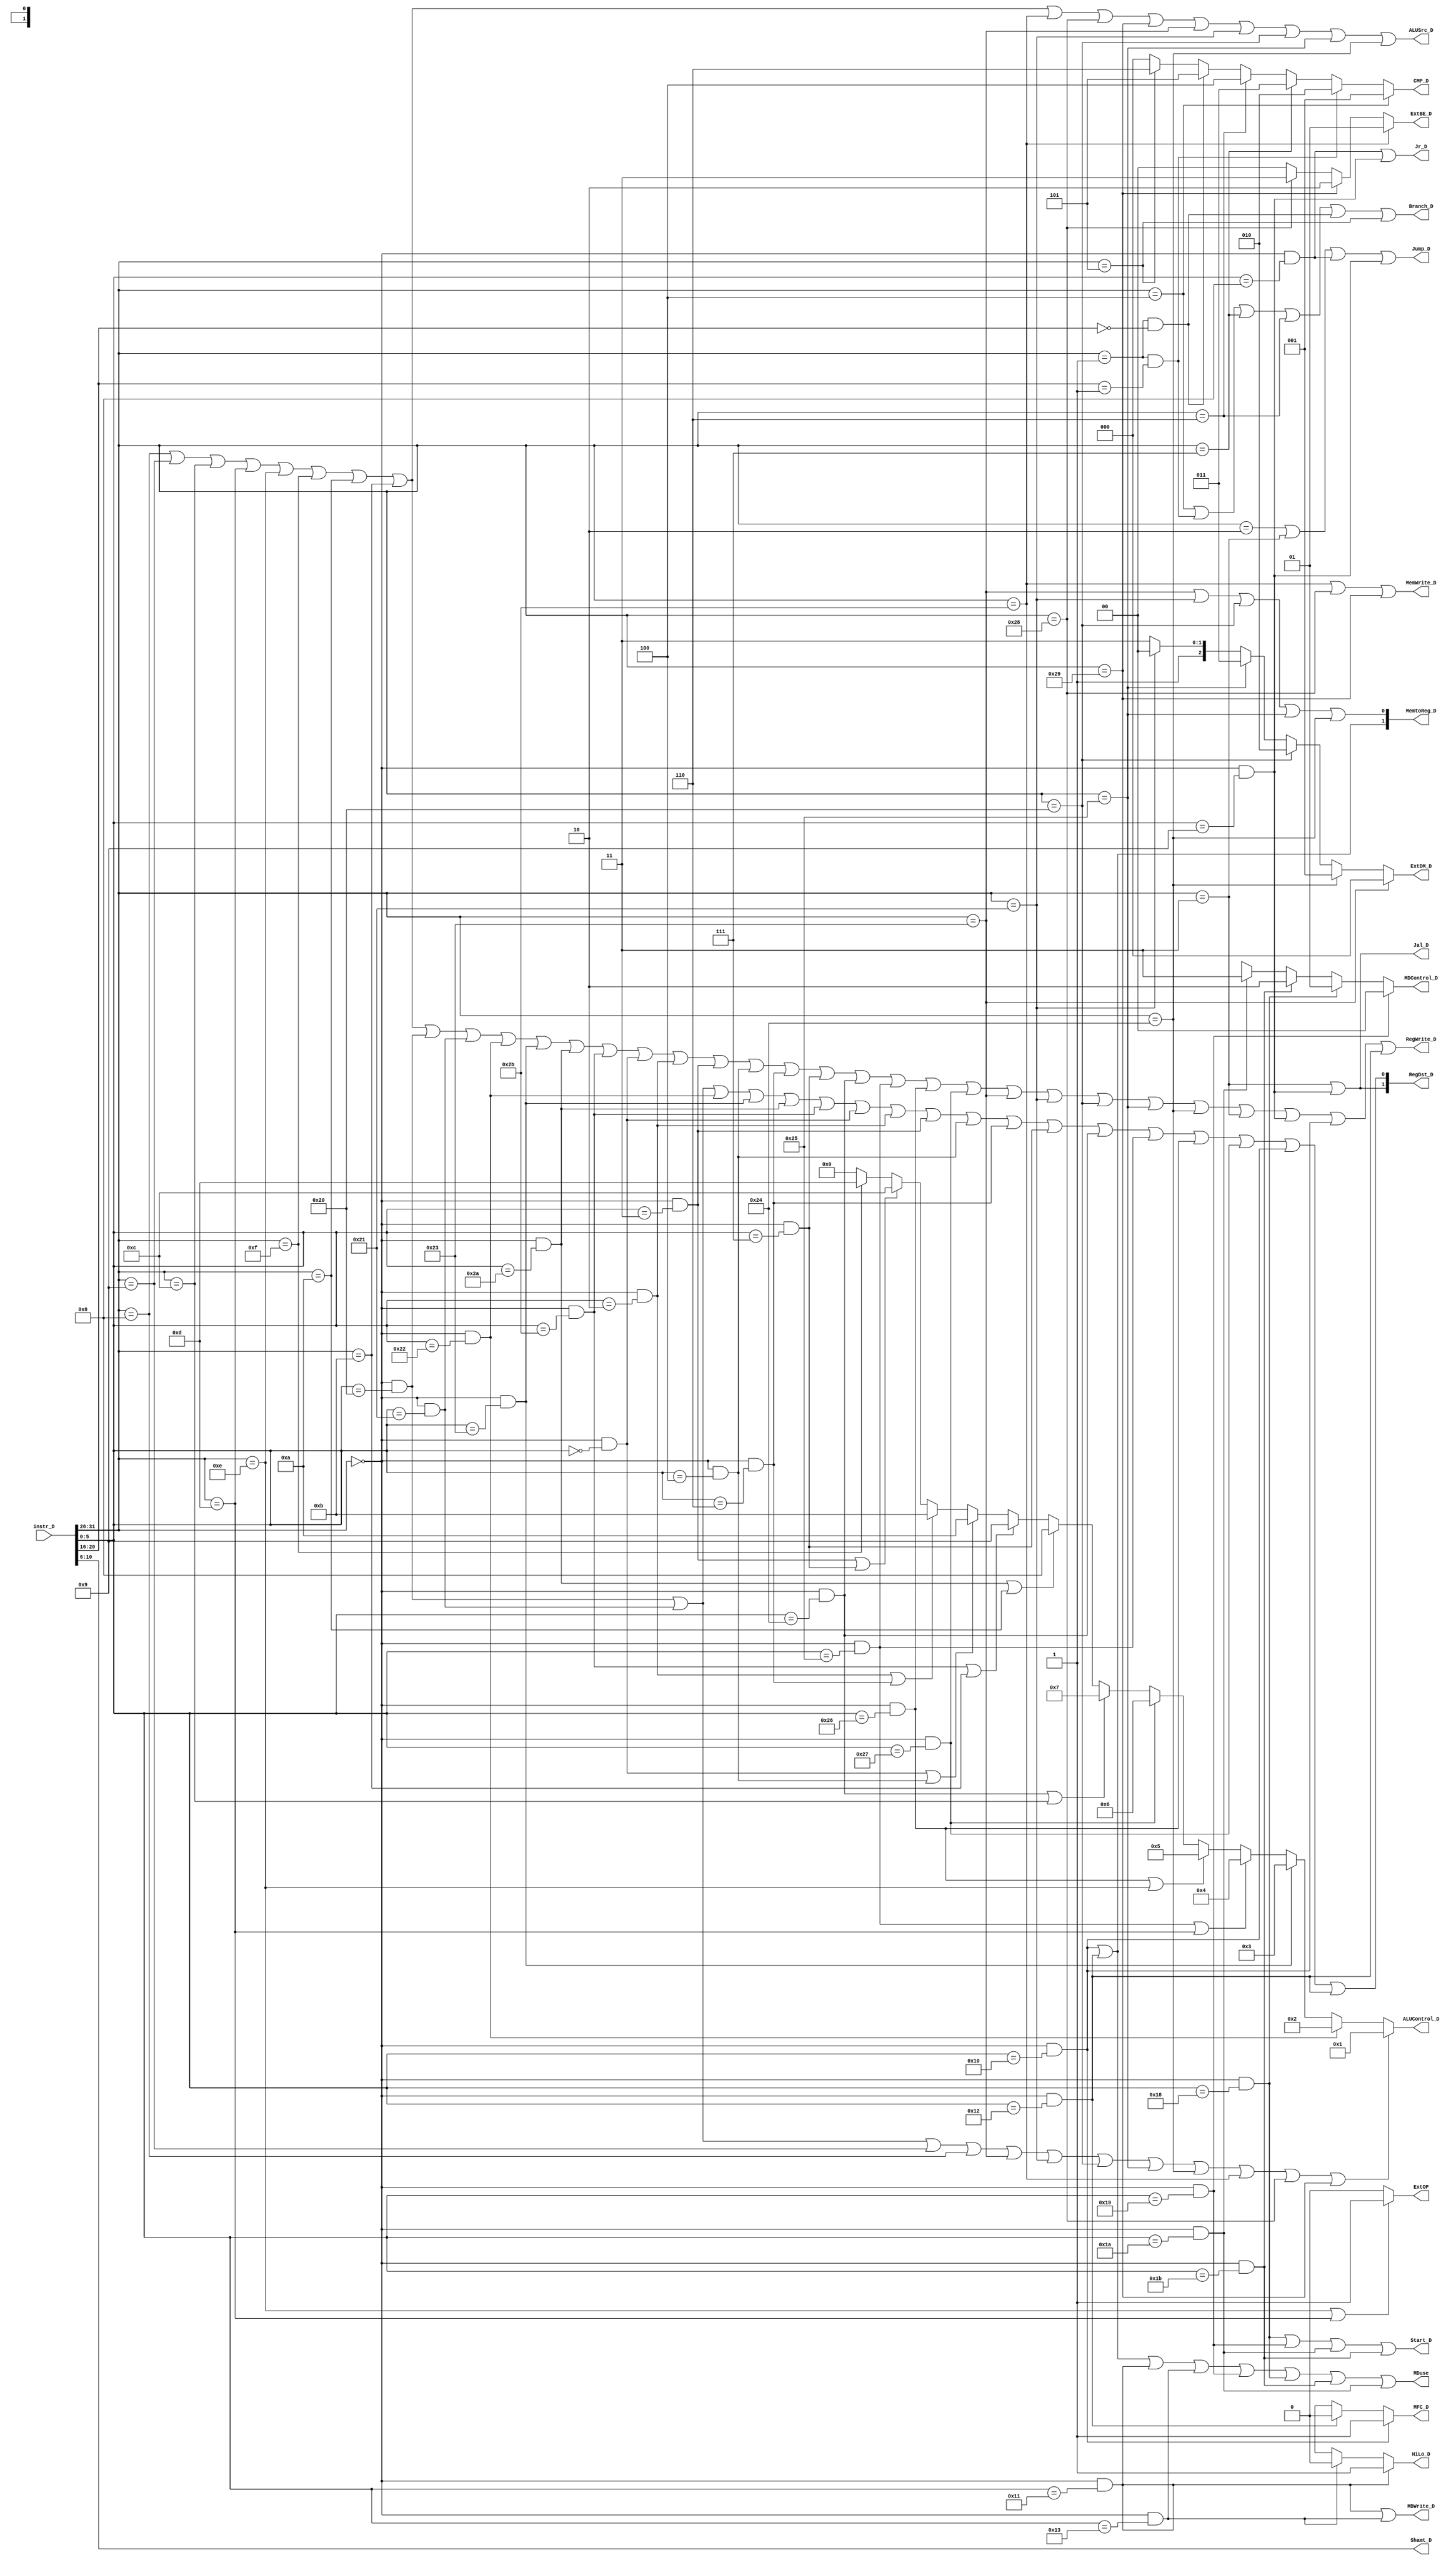
`timescale 1ns / 1ps
//////////////////////////////////////////////////////////////////////////////////
// Company: 
// Engineer: 
// 
// Design Name: 
// Module Name:    Controller 
// Project Name: 
// Target Devices: 
// Tool versions: 
// Description: 
//
// Dependencies: 
//
// Revision: 
// Revision 0.01 - File Created
// Additional Comments: 
//
//////////////////////////////////////////////////////////////////////////////////
module Controller(
    input [31:0] instr_D,
    output RegWrite_D,
    output [1:0] MemtoReg_D,
    output MemWrite_D,
    output [3:0] ALUControl_D,
    output ALUSrc_D,
    output [1:0] RegDst_D,
    output Branch_D,
    output Jump_D,
    output Jal_D,
    output Jr_D,
	 output [2:0] CMP_D,
	 output [4:0] Shamt_D,
	 output [1:0] ExtBE_D,
	 output [2:0] ExtDM_D,
	 output ExtOP,
	 output MFC_D,
	 output HiLo_D,
	 output MDWrite_D,
	 output Start_D,
	 output [1:0] MDControl_D,
	 output MDuse
    );
	 
	wire   [5:0] op , funct ;
	wire   [4:0] rt;
	
	assign  op = instr_D[31:26];  
	assign  rt = instr_D[20:16];
	assign  Shamt_D =instr_D[10:6];
   assign  funct  = instr_D[5:0];
 
	wire i_add  = (op == 6'b000000) & (funct == 6'b100000); //1
	wire i_addi = (op == 6'b001000);
	wire i_addu = (op == 6'b000000) & (funct == 6'b100001);
	wire i_addiu= (op == 6'b001001);
	wire i_and  = (op == 6'b000000) & (funct == 6'b100100);
	wire i_andi = (op == 6'b001100);
	wire i_div  = (op == 6'b000000) & (funct == 6'b011010);
	wire i_divu = (op == 6'b000000) & (funct == 6'b011011);
	wire i_mult = (op == 6'b000000) & (funct == 6'b011000);
	wire i_multu= (op == 6'b000000) & (funct == 6'b011001);//10
	wire i_nor  = (op == 6'b000000) & (funct == 6'b100111);
	wire i_or   = (op == 6'b000000) & (funct == 6'b100101);
	wire i_ori  = (op == 6'b001101);
	wire i_sll  = (op == 6'b000000) & (funct == 6'b000000);
	wire i_srl  = (op == 6'b000000) & (funct == 6'b000010);
	wire i_sra  = (op == 6'b000000) & (funct == 6'b000011);
	wire i_srlv = (op == 6'b000000) & (funct == 6'b000110);
	wire i_srav = (op == 6'b000000) & (funct == 6'b000111);
	wire i_sllv = (op == 6'b000000) & (funct == 6'b000100);
	wire i_sub  = (op == 6'b000000) & (funct == 6'b100010);//20
	wire i_subu = (op == 6'b000000) & (funct == 6'b100011);
	wire i_xor  = (op == 6'b000000) & (funct == 6'b100110);
	wire i_xori = (op == 6'b001110);
	wire i_lui  = (op == 6'b001111);
	wire i_slt  = (op == 6'b000000) & (funct == 6'b101010);
	wire i_slti = (op == 6'b001010);
	wire i_sltu = (op == 6'b000000) & (funct == 6'b101011);
	wire i_sltiu= (op == 6'b001011);
	wire i_beq  = (op == 6'b000100);
	wire i_bgez = (op == 6'b000001) & (rt == 6'b00001);	//30
	wire i_bgtz = (op == 6'b000111);								
	wire i_blez = (op == 6'b000110);
	wire i_bltz = (op == 6'b000001) & (rt ==00000);
	wire i_bne  = (op == 6'b000101);
	wire i_j    = (op == 6'b000010); 
	wire i_jal  = (op == 6'b000011);   
	wire i_jr   = (op == 6'b000000) & (funct == 6'b001000);
	wire i_jalr = (op == 6'b000000) & (funct == 6'b001001);
	wire i_lbu  = (op == 6'b100100);
	wire i_lhu  = (op == 6'b100101);								//40
	wire i_lb   = (op == 6'b100000);								
	wire i_lh   = (op == 6'b100001);
	wire i_lw   = (op == 6'b100011);
	wire i_sb   = (op == 6'b101000);
	wire i_sh   = (op == 6'b101001);
	wire i_sw   = (op == 6'b101011);
	wire i_mfhi = (op == 6'b000000) & (funct == 6'b010000);
	wire i_mflo = (op == 6'b000000) & (funct == 6'b010010);
	wire i_mthi = (op == 6'b000000) & (funct == 6'b010001);
	wire i_mtlo = (op == 6'b000000) & (funct == 6'b010011);
	
	assign RegWrite_D =  i_addi | i_addiu | i_andi | i_ori | i_xori | i_lui | i_slti | i_sltiu |
								i_add | i_addu | i_sub | i_subu | i_slt | i_sltu | i_sll | i_srl | i_sra |
								i_sllv | i_srlv | i_srav | i_and | i_or | i_xor | i_nor |
								i_lw | i_lh | i_lb | i_lhu | i_lbu | i_jal | i_jalr |
								i_mfhi | i_mflo;																	//
	
	assign MemtoReg_D[0] = i_lw | i_lh | i_lb | i_lhu | i_lbu;										//
	assign MemtoReg_D[1] = i_mfhi | i_mflo;
	
	assign MemWrite_D = i_sw | i_sb | i_sh;															  			//
	
	assign ALUSrc_D   = i_addi | i_addiu | i_andi | i_ori | i_xori | i_lui | i_slti | i_sltiu | 
							  i_sw | i_sb | i_sh | i_lw | i_lh | i_lb | i_lhu | i_lbu ;       	  	//
							  
	assign RegDst_D[0]   = i_add | i_addu | i_sub | i_subu | i_slt | i_sltu | i_sll | i_srl | i_sra |
								  i_sllv | i_srlv | i_srav | i_and | i_or | i_xor | i_nor | 
								  i_mfhi | i_mflo;	//
								  
	assign RegDst_D[1]   = i_jal | i_jalr;																		//
	
	assign Branch_D   = i_beq | i_bgez | i_bgtz | i_blez | i_bltz | i_bne;				//
	
	assign Jump_D     = i_j | i_jal | i_jr | i_jalr;											//	
	
	assign Jal_D      = i_jal | i_jalr;																//
	
	assign Jr_D       = i_jr | i_jalr;																//
	
	assign CMP_D = (i_beq) ? 3'b001 : (i_bgez) ? 3'b010 : (i_bgtz) ? 3'b011 : (i_blez) ? 3'b100 : (i_bltz) ? 3'b 101 : (i_bne) ? 3'b110 : 3'b000; 
	
	assign ExtBE_D = (i_sw) ? 2'b01 : (i_sh) ? 2'b10 : (i_sb) ? 2'b11 : 2'b00;
	
	assign ExtDM_D = (i_lw) ? 3'b000 : (i_lbu) ? 3'b001 : (i_lb) ? 3'b010 : (i_lhu) ? 3'b011 : (i_lh) ? 3'b100 :3'b111;
	
	assign ExtOP = (i_xori | i_ori) ? 1 : 0 ;
	
	assign MFC_D = (i_mfhi) ? 1 : (i_mflo) ? 0 : 1'bx; 
	assign HiLo_D = (i_mthi) ? 1 : (i_mtlo) ? 0 : 1'bx;
	assign MDWrite_D = i_mthi | i_mtlo;
	assign Start_D =  i_mult |  i_multu | i_div | i_divu;
	assign MDControl_D = (i_multu) ? 2'b00 : (i_mult) ? 2'b01 : (i_divu) ? 2'b10 : (i_div) ? 2'b11 : 2'bx;
	assign MDuse = i_mfhi | i_mflo | i_mthi | i_mtlo | i_multu | i_mult | i_divu | i_div;
	
	assign ALUControl_D = (i_add | i_addu | i_addiu | i_addi |
								  i_lw | i_lh | i_lb | i_lhu | i_lbu |
								  i_sw | i_sb | i_sh) 										? 4'b0001 :
								 (i_sub )                                          ? 4'b0010 :
								 (i_subu)                                			   ? 4'b0011 :
								 (i_or  | i_ori)                                 	? 4'b0100 :
								 (i_xor | i_xori)                                  ? 4'b0101 :
								 (i_nor)                                       		? 4'b0110 :
								 (i_and | i_andi)                              		? 4'b0111 :
								 (i_slt | i_slti)                                  ? 4'b1000 :
								 (i_sltu| i_sltiu)                                 ? 4'b1001 :
								 (i_sll | i_sllv)                                 	? 4'b1010 :
								 (i_srl | i_srlv)                                  ? 4'b1011 :
								 (i_sra | i_srav)                                  ? 4'b1100 : 
								 (i_lui)															? 4'b1101 : 4'b0000; //ALU
								 
endmodule